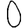
Digit: 0